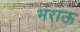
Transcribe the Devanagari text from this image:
भराऊ